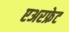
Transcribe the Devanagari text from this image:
एअरफ्रेट